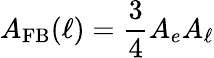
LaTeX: A_{\mathrm{FB}}(\ell)=\frac{3}{4}A_{e}A_{\ell}